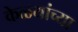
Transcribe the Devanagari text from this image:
केळ्यांच्या